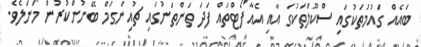
ބައެއް ގައުމުތަކުގައި ސްކޫލްތަކުގަ އާއި އެއާފޯޓްތައް ފަދަ ތަންތަނުގައި ޗުއިންގަމް ބޭނުންކުރުން މަނަލެވެ.